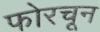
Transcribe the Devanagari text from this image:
फोरचून